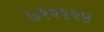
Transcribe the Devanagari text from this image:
७१२१२४